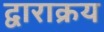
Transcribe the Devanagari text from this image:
द्वाराक्रय